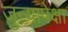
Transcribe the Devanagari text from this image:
जुन्यापेक्षा